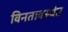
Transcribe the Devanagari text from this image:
विनतावस्थेत